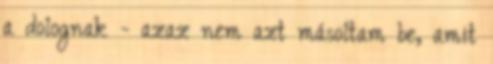
a dolognak - azaz nem azt másoltam be, amit